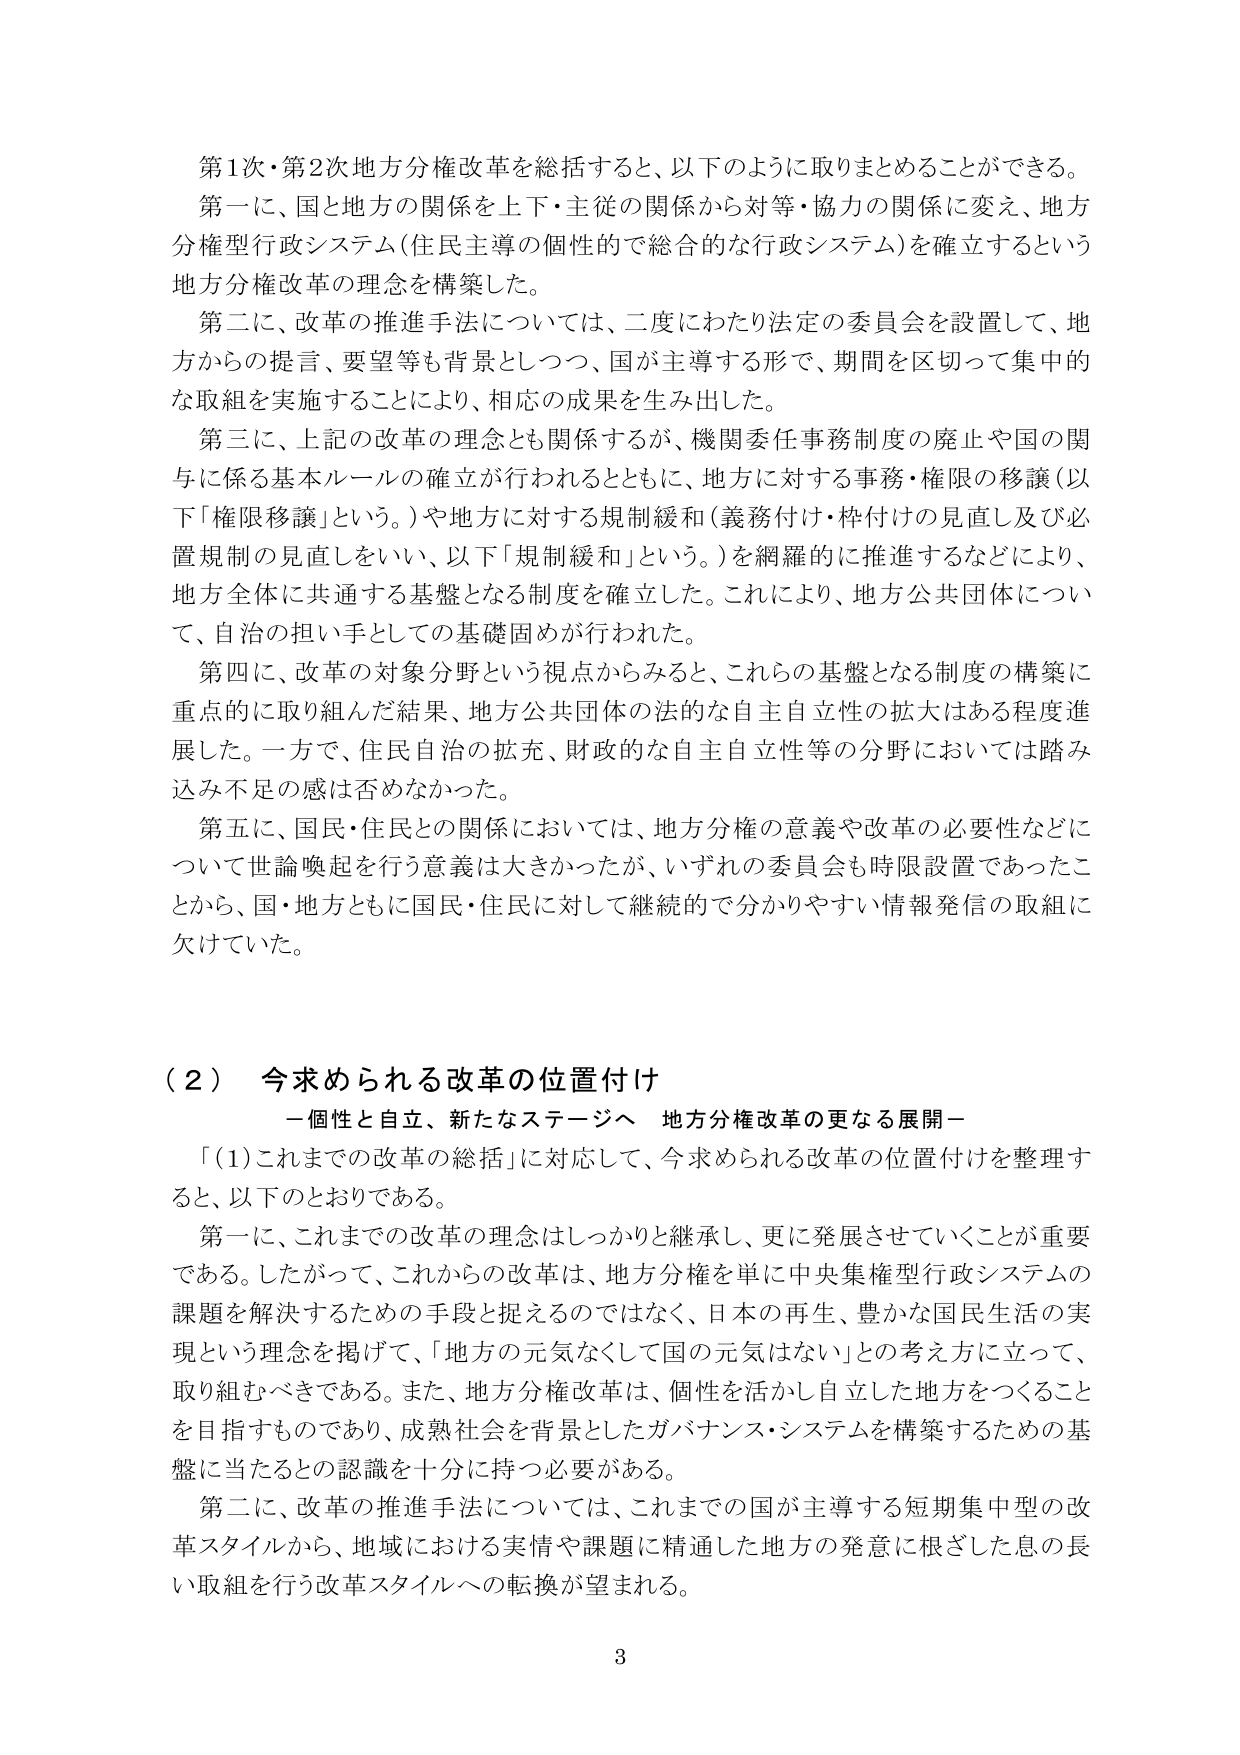
第1次・第2次地方分権改革を総括すると、以下のように取りまとめることができる。
第一に、国と地方の関係を上下・主従の関係から対等・協力の関係に変え、地方分権型行政システム（住民主導の個性的で総合的な行政システム）を確立するという地方分権改革の理念を構築した。
第二に、改革の推進手法については、二度にわたり法定の委員会を設置して、地方からの提言、要望等も背景としつつ、国が主導する形で、期間を区切って集中的な取組を実施することにより、相応の成果を生み出した。
第三に、上記の改革の理念とも関係するが、機関委任事務制度の廃止や国の関与に係る基本ルールの確立が行われるとともに、地方に対する事務・権限の移譲（以下「権限移譲」という。）や地方に対する規制緩和（義務付け・枠付けの見直し及び必置規制の見直しをいい、以下「規制緩和」という。）を網羅的に推進するなどにより、地方全体に共通する基盤となる制度を確立した。これにより、地方公共団体について、自治の担い手としての基礎固めが行われた。
第四に、改革の対象分野という視点からみると、これらの基盤となる制度の構築に重点的に取り組んだ結果、地方公共団体の法的な自主自立性の拡大はある程度進展した。一方で、住民自治の拡充、財政的な自主自立性等の分野においては踏み込み不足の感は否めなかった。
第五に、国民・住民との関係においては、地方分権の意義や改革の必要性などについて世論喚起を行う意義は大きかったが、いずれの委員会も時限設置であったことから、国・地方ともに国民・住民に対して継続的で分かりやすい情報発信の取組に欠けていた。

（２）今求められる改革の位置付け
－個性と自立、新たなステージへ　地方分権改革の更なる展開－
「（1）これまでの改革の総括」に対応して、今求められる改革の位置付けを整理すると、以下のとおりである。
第一に、これまでの改革の理念はしっかりと継承し、更に発展させていくことが重要である。したがって、これからの改革は、地方分権を単に中央集権型行政システムの課題を解決するための手段と捉えるのではなく、日本の再生、豊かな国民生活の実現という理念を掲げて、「地方の元気なくして国の元気はない」との考え方に立って、取り組むべきである。また、地方分権改革は、個性を活かし自立した地方をつくることを目指すものであり、成熟社会を背景としたガバナンス・システムを構築するための基盤に当たるとの認識を十分に持つ必要がある。
第二に、改革の推進手法については、これまでの国が主導する短期集中型の改革スタイルから、地域における実情や課題に精通した地方の発意に根ざした息の長い取組を行う改革スタイルへの転換が望まれる。

3